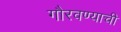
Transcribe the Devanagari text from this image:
गौरवण्याची